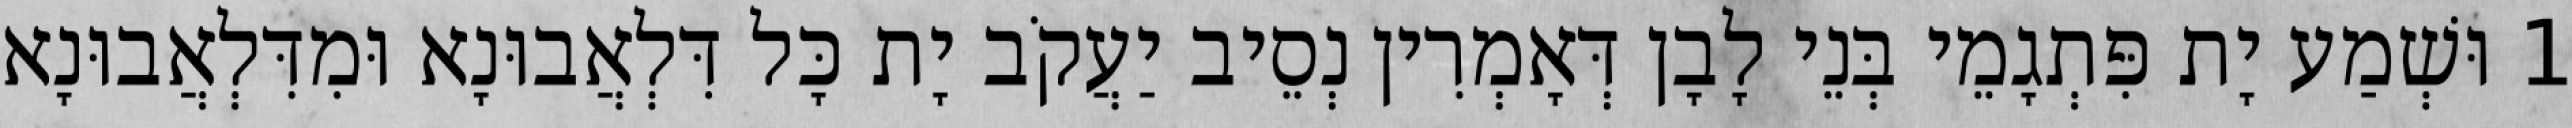
1 וּשְׁמַע יָת פִּתְגָמֵי בְּנֵי לָבָן דְּאָמְרִין נְסֵיב יַעֲקֹב יָת כָּל דִּלְאֲבוּנָא וּמִדִּלְאֲבוּנָא